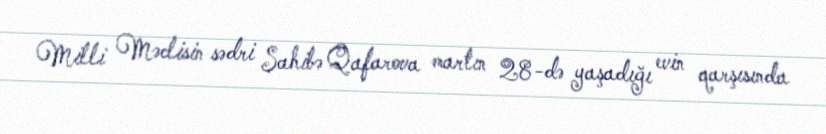
Milli Məclisin sədri Sahibə Qafarova martın 28-də yaşadığı evin qarşısında